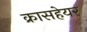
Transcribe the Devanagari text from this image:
क्रासहेयर